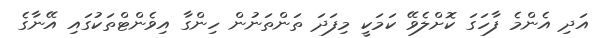
އަދި އެންމެ ފާހަގަ ކޮށްލެވޭ ކަމަކީ މިފަދަ ތަންތަނުން ހިންގާ އިވެންޓްތަކުގައި އޭނާގެ